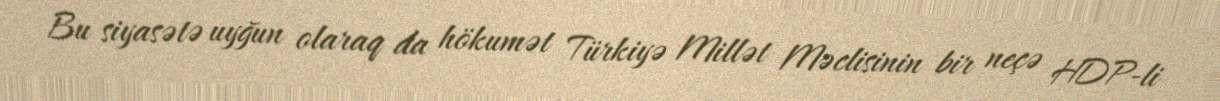
Bu siyasətə uyğun olaraq da hökumət Türkiyə Millət Məclisinin bir neçə HDP-li